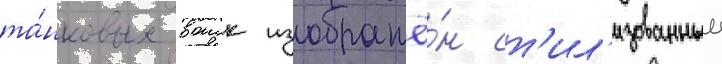
та́нковых воиск изображё́н ст'ил'изованныи